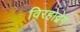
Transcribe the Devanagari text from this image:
विरहोद्वेग